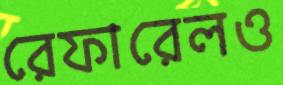
রেফারেলও